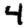
Digit: 4